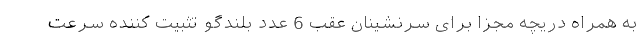
به همراه دریچه مجزا برای سرنشینان عقب 6 عدد بلندگو تثبیت کننده سرعت